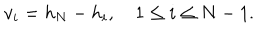
v _ { i } = h _ { N } - h _ { i } , \quad 1 \leq i \leq N - 1 .